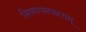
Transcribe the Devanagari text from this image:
निगमागमपारगम्